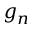
g _ { n }